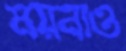
ময়নাও